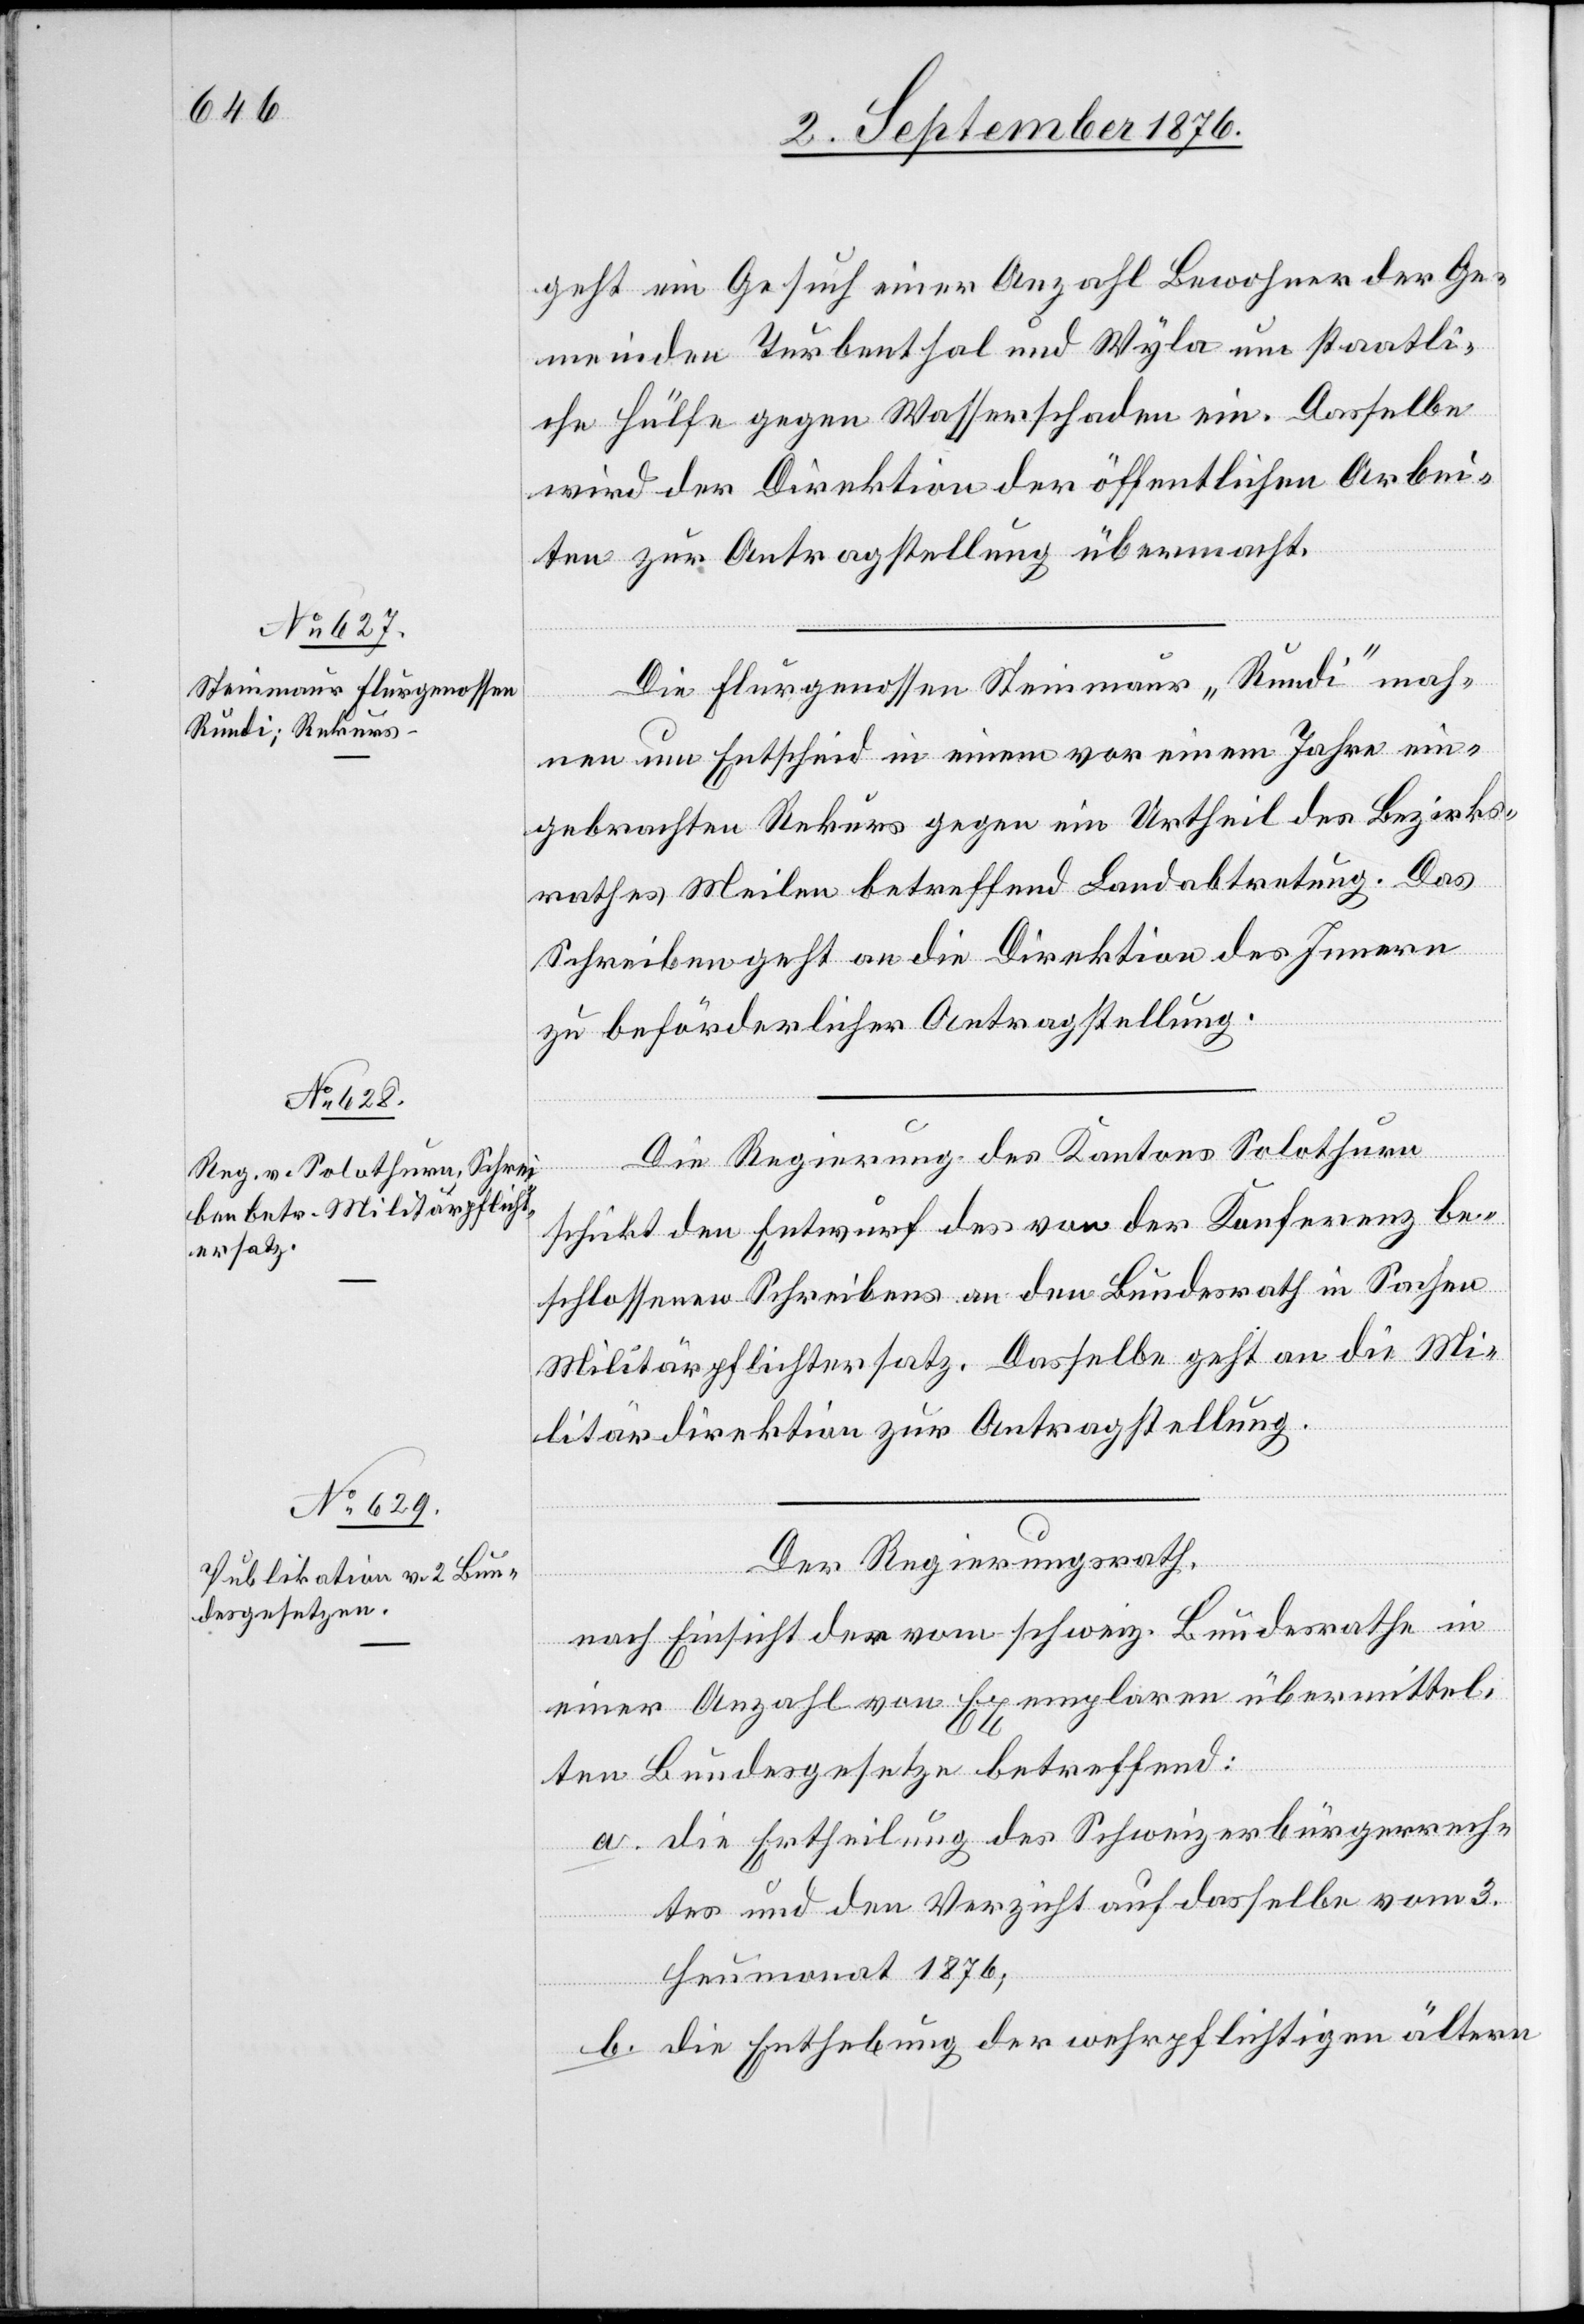
4. September 1876.]
geht ein Gesuch einer Anzahl Bewohner der Ge¬
meinden Turbenthal und Wyla um staatli¬
che Hülfe gegen Wasserschaden ein. Dasselbe
wird der Direktion der öffentlichen Arbei¬
ten zur Antragstellung übermacht.
Die Flurgenossen Steinmaur „Rundi“ mach¬
en um Entscheid in einem vor einem Jahre ein¬
gebrachten Rekurs gegen ein Urtheil des Bezirks¬
rathes Meilen betreffend Landabtretung. Das
Schreiben geht an die Direktion des Innern
zu beförderlicher Antragstellung.
Die Regierung des Kantons Solothurn
schickt den Entwurf des von der Konferenz be¬
schlossenen Schreibens an den Bundesrath in Sachen
Militärpflichtersatz. Dasselbe geht an die Mi¬
litärdirektion zur Antragstellung.
Der Regierungsrath,
nach Einsicht der vom schweiz. Bundesrathe in
einer Anzahl von Exemplaren übermittel¬
ten Bundesgesetze betreffend:
a. die Ertheilung des Schweizerbürgerrech¬
tes und den Verzicht auf dasselbe vom 3.
Heumonat 1876;
b. die Enthebung der wehrpflichtigen ältern